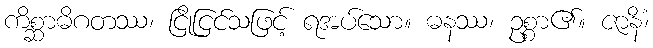
ကိစ္ဆာဓိဂတဿ၊ ငြိုငြင်သဖြင့် ရအပ်သော။ ဓနဿ၊ ဥစ္စာ၏။ ဇာနိံ၊